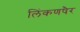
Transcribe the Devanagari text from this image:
लिंकणषैर